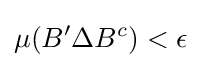
\mu (B'\Delta B^{c})<\epsilon